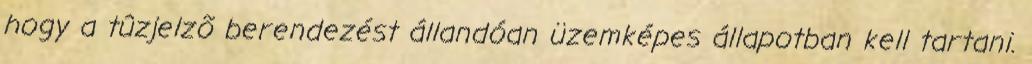
hogy a tûzjelzõ berendezést állandóan üzemképes állapotban kell tartani.